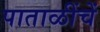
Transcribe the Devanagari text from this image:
पाताळींचें